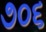
૭૦૬